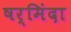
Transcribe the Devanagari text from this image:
षर्मिंदा